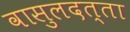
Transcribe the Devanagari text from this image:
वासुलदत्ता